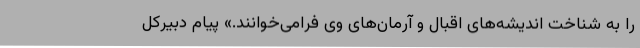
را به شناخت اندیشه‌های اقبال و آرمان‌های وی فرامی‌خوانند.» پیام دبیرکل